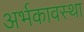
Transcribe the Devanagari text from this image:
अर्भकावस्था